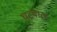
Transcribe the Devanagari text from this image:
घटवाल